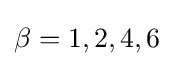
\beta =1,2,4,6